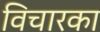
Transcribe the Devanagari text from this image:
विचारका